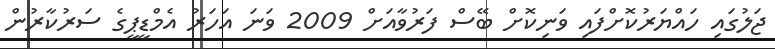
ޖަލުގައި ހައްޔަރުކޮށްފައި ވަނިކޮށް ބޭސް ފަރުވާއަށް 2009 ވަނަ އަހަރު އެމްޑީޕީގެ ސަރުކާރުން